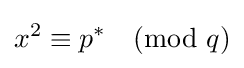
x^{2}\equiv p^{*}{\pmod {q}}